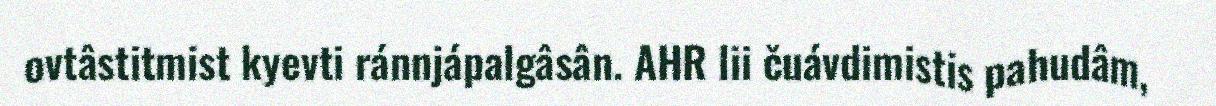
ovtâstitmist kyevti ránnjápalgâsân. AHR lii čuávdimistis pahudâm,